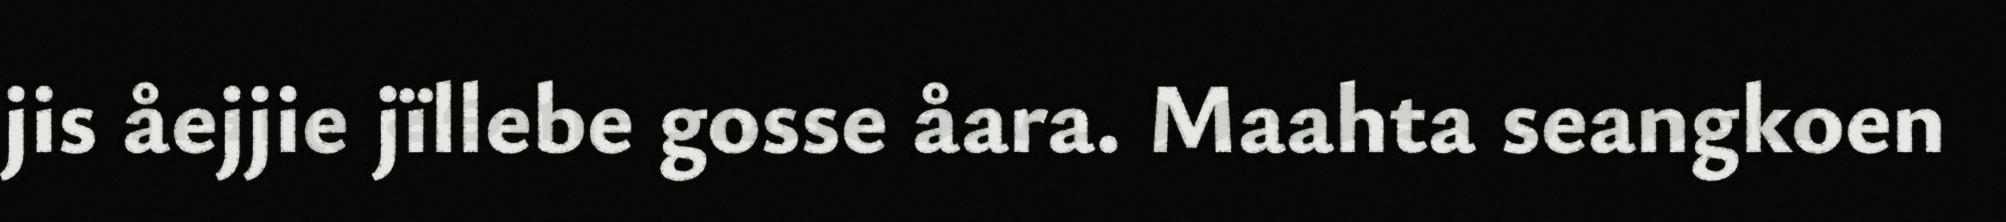
jis åejjie jïllebe gosse åara. Maahta seangkoen